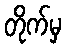
တိုက်မှ